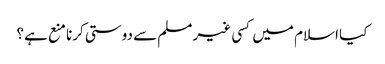
کیا اسلام میں کسی غیر مسلم سے دوستی کرنا منع ہے؟